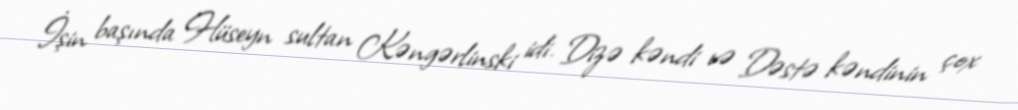
İşin başında Hüseyn sultan Kəngərlinski idi. Dizə kəndi və Dəstə kəndinin çox